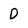
Character: D